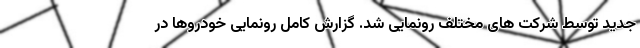
جدید توسط شرکت های مختلف رونمایی شد. گزارش کامل رونمایی خودروها در